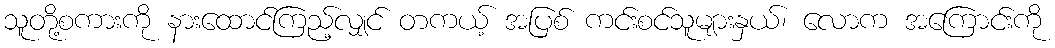
သူတို့စကားကို နားထောင်ကြည့်လျှင် တကယ့် အပြစ် ကင်းစင်သူများနှယ်၊ လောက အကြောင်းကို